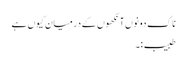
ناک دونوں آنکھوں کے درمیان کیوں ہے
طبیب:۔